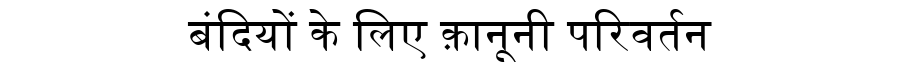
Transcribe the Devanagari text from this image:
बंदियों के लिए क़ानूनी परिवर्तन